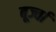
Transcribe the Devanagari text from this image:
बूर्ज्वा